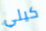
كيلي